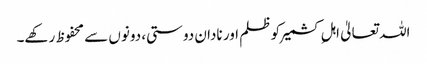
اللہ تعالیٰ اہلِ کشمیر کو ظلم اور نادان دوستی، دونوں سے محفوظ رکھے۔